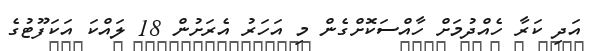
އަދި ކަރާ ހެއްދުމަށް ހާއްސަކޮށްގެން މި އަހަރު އެރަށުން 18 ލައްކަ އަކަފޫޓުގެ